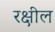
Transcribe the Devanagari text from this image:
रक्षील